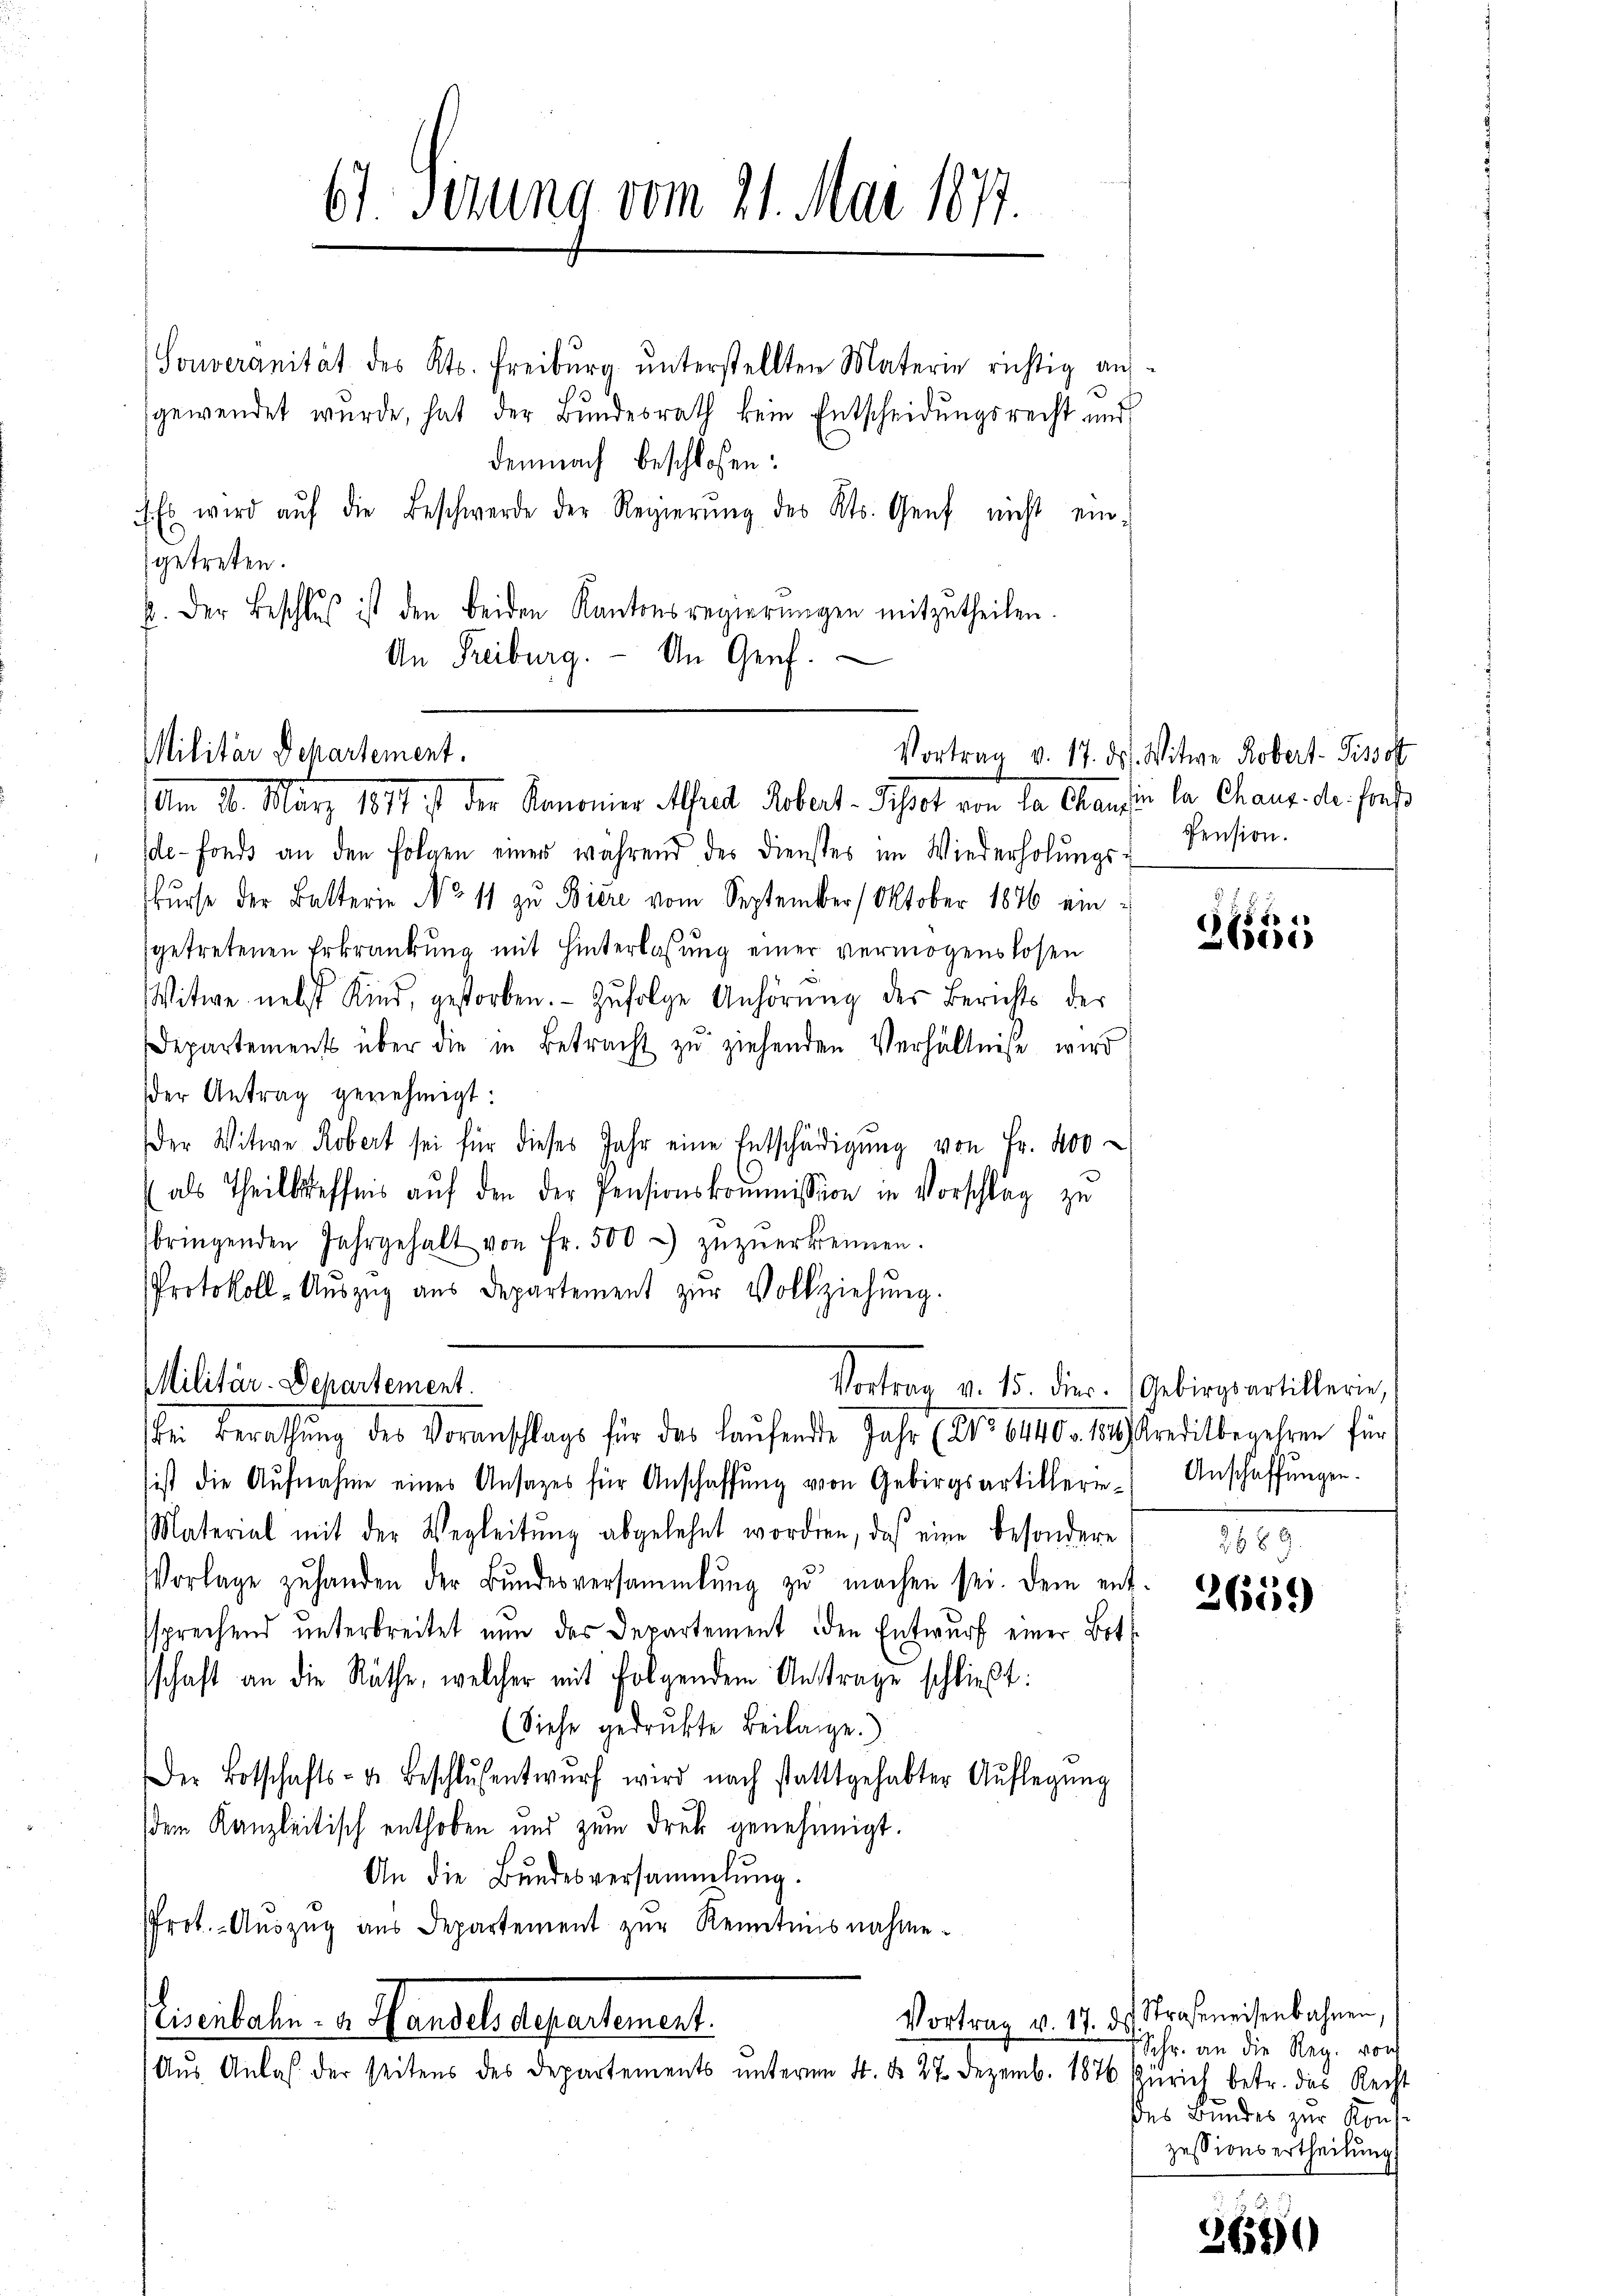
Souveranität des Kts. Freiburg ŭnterstellten Materie richtig auf-
gewendet wurde, hat der Bundesrath kein Entscheidungsrecht und
demnach beschlossen:
1. Es wird aŭf die Beschwerde der Regierŭng des Kts. Genf nicht ein-
getreten.
b. Der Beschluß ist den beiden Kantonsregierŭngen mitzutheilen.
An Freiburg. - An Genf.

Militär Departement.
Am 26. März 1891 in der Kanonier Alfred Robert-Schrot von de Chaufen la Chaus de praes

67 Sezung vom 21. Mai 1877.

Militär-Departement.
hen Berathung des Voranschlags für das laufende Jahr 188. 640 - 189 Kreditbewehren für

de-Fonds an den Folgen einer während des Dienstes im Wiederholŭngs-
kurse der Batterie No 11 zu Biere vom September 1 Oktober 1876 ein-
getretenen Erkrankung mit Hinterlassung einer vermögenslosen
Witwe nebst Kind, gestorben. Zŭfolge Anhörung des Berichts der
Departements über die in Betracht zu ziehenden Verhältniss wird
der Antrag genehmigt:
Der Witwe Robert sei für dieses Jahr eine Entschädigŭng von Fr. 400
als Theilteffnis aŭf den der Pensionskoṁission in Vorschlag zu
bringenden Jahrgehalt von Fr. 500. zŭzŭerkennen.
Protokoll-Aŭszŭg ans Departement zŭr Vollziehŭng.
sist die Aŭfnahme eines Ansages für Anschaffŭng von Gebirgsartillerie-Anschaffŭngen.
Material mit der Wegleitŭng abgelehnt worden, das eine besondere
Vorlage zŭ handen der Bŭndesversammlung zŭ machen sei. Dem ent-
sprechend unterbreitet nun das Departement den Entwurf einer Botschaft an die Räthe, welcher mit folgendem Antrage schließt:
(Siehe gedrukte Beilage.)
Der Botschafts- u. Beschlŭsentwŭrf wird nach stattgehabter Auflegŭng
dem Kanzleitisch enthoben und zum Druk genehmigt.
An die Bundesversammlung.
Prot. Aŭszŭg aŭs Departement zŭr Kenntnisnahme.
iscitaten. v. Handel Departement.
Aŭs Anlaβ der seitens des Departements ŭnterm 4. d. 27. Dezemb. 1876 Zürich betr. das Recht

Vortrag v. 17. ds. Witwe Robert- Pissott
Pension.

5
)
4

Vortrag v. 15. die Gebirgsartillerie,

2659

Vortrag v. 17. ds Straßeneisenbahnen,
 Schr. an die Reg. von
des Bundes zur Kont-
zessionsertheilung.

3689